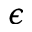
\epsilon